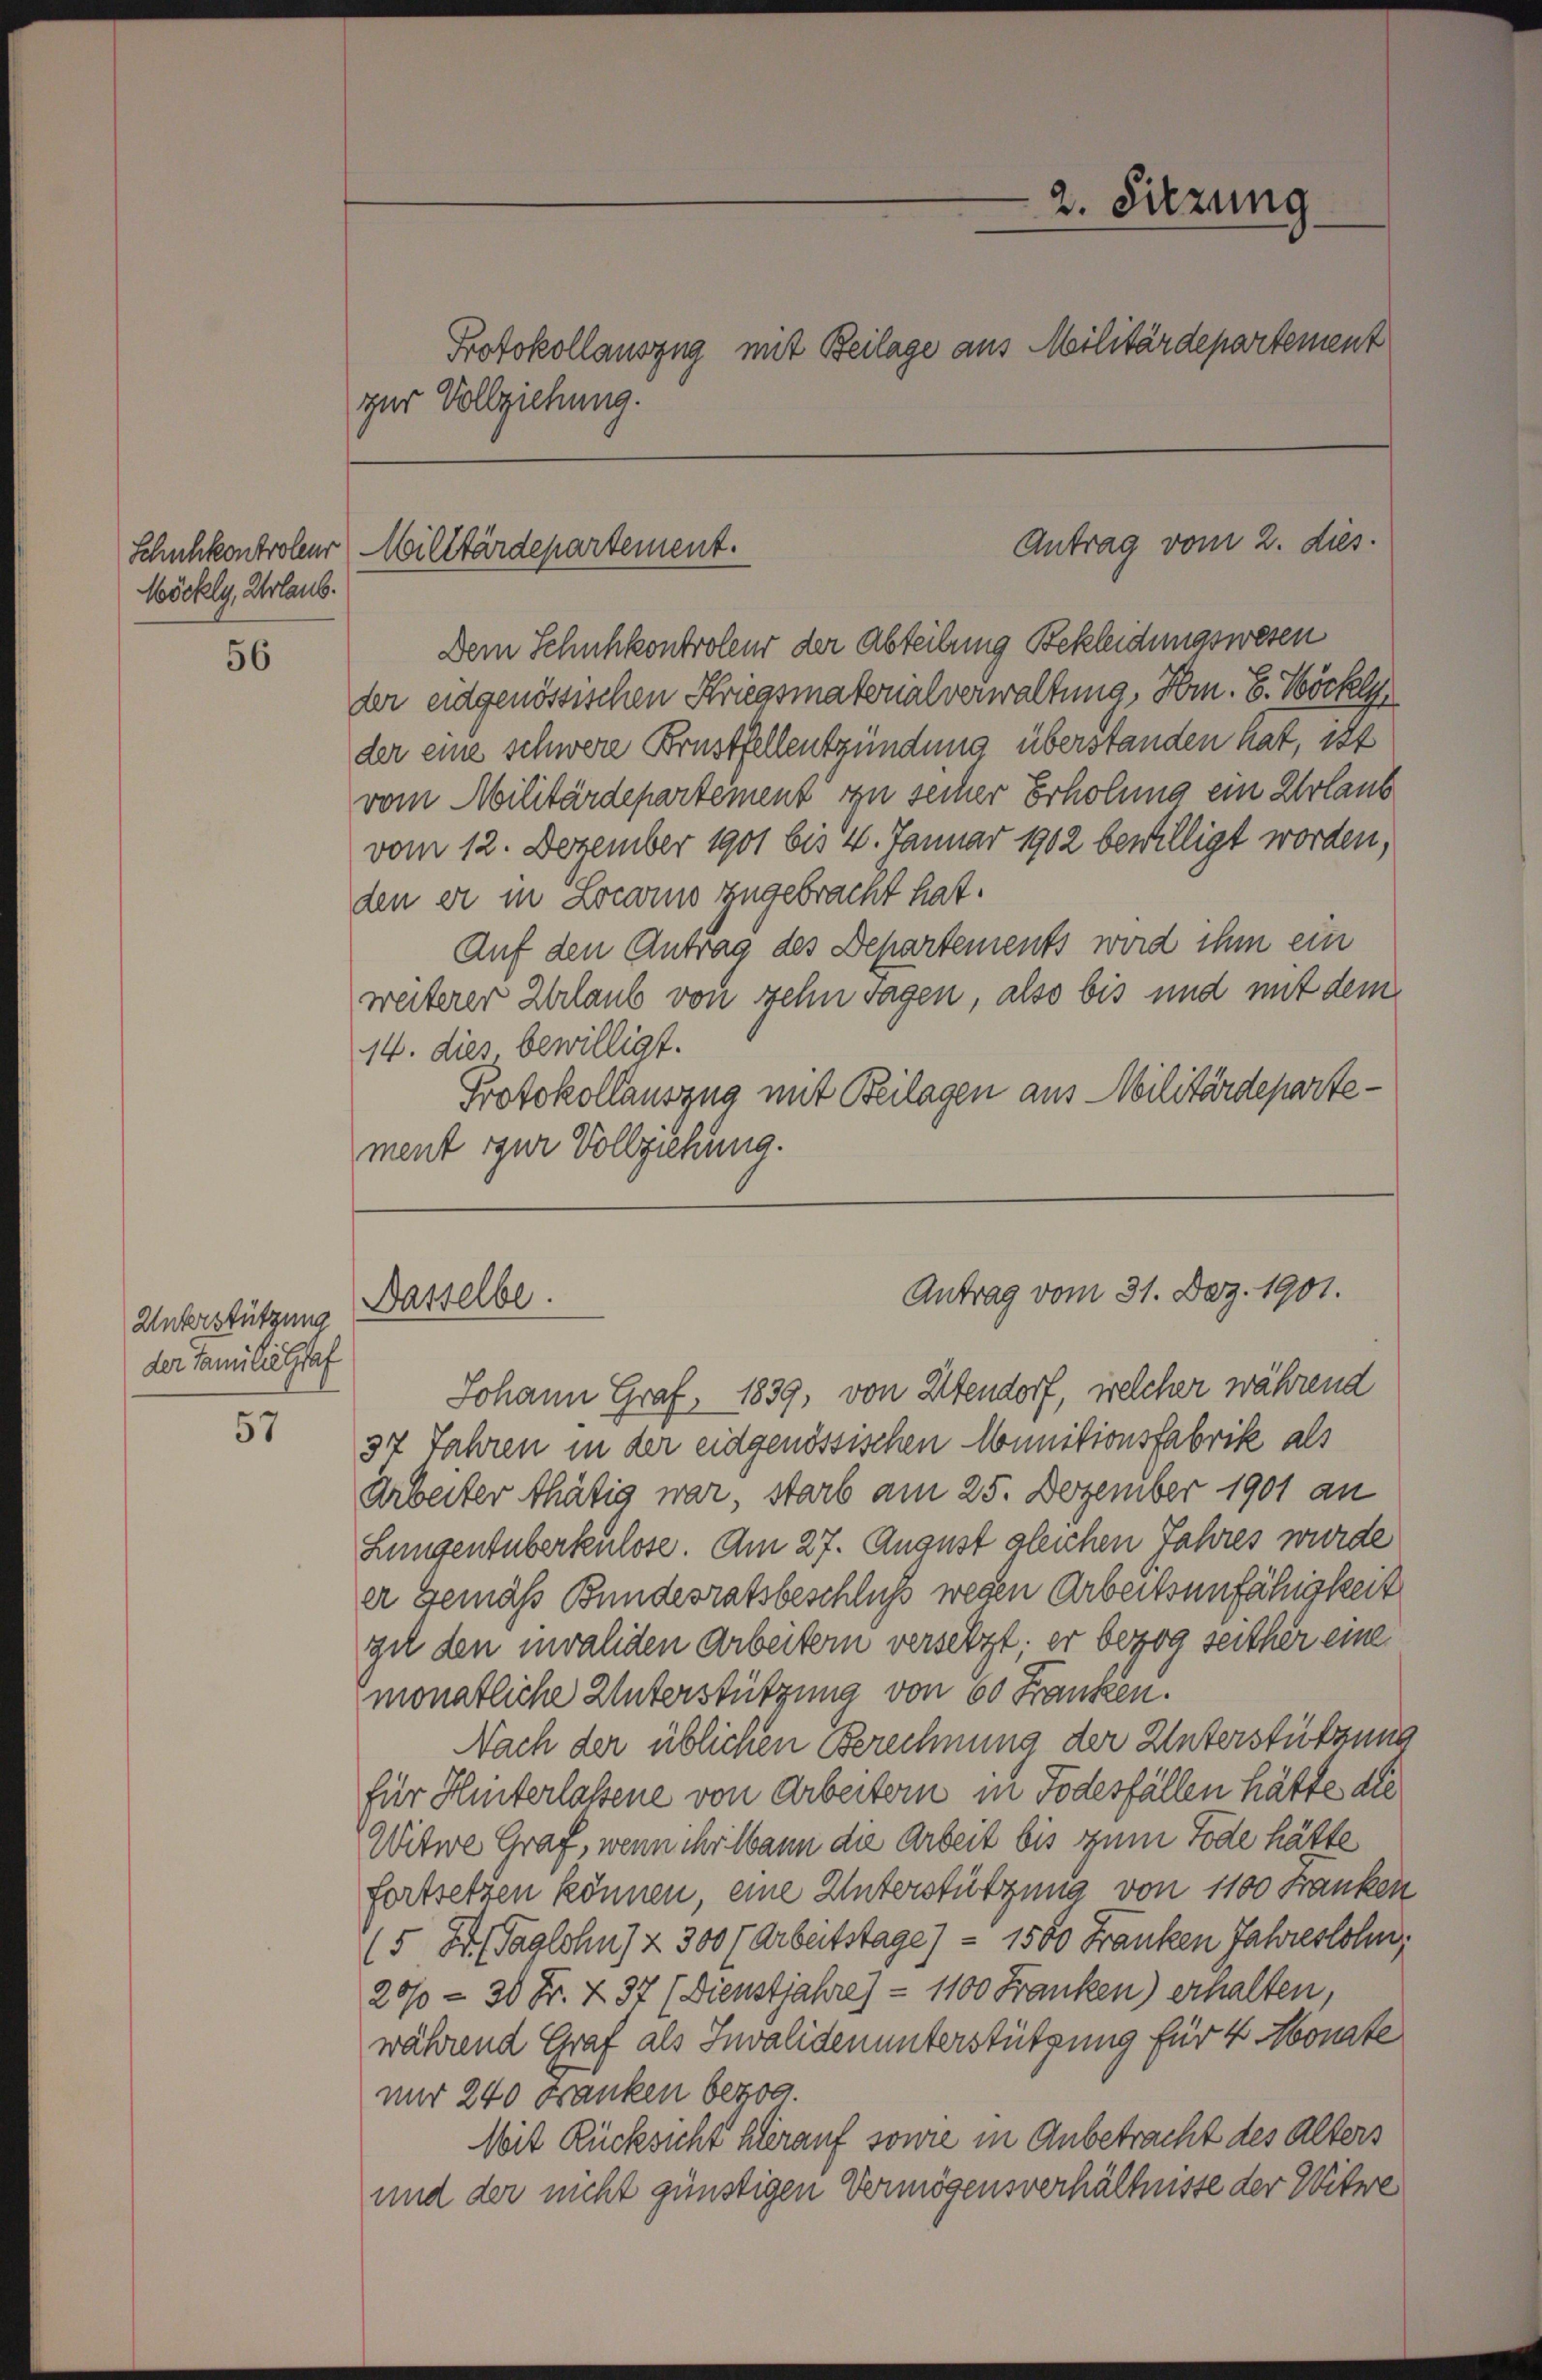
Wöckly, Urlaub.

56

Unterstützung
der Familie Graf

57

zur Vollziehung.

Dem Schuhkontroleur der Abteilung Bekleichmaswesen
der eidgenössischen Kriegsmaterialverwaltung, Hrn. B. Böckel
der eine schwere Brustfellentzündung überstanden hat, ist
vom Militärdepartement zu seiner Erholung ein Urlaub
vom 12. Dezember 1901 bis 4. Januar 1902 bewilligt worden,
den er in Locarno zugebracht hat.
Auf den Antrag des Departements wird ihm ein
weiterer Erlaub von zehn Tagen, also bis und mit dem
14. dies bewilligt.
Protokollauszug mit Beilagen aus Militärdepartement zur Vollziehung.

Schuhkontroleur Militärdepartement.

Dasselbe.

2. Sitzung
Protokollauszug mit Beilage aus Militärdepartement

Antrag vom 2. dies

Antrag vom 31. Dez. 1901.

Johann Graf, 1839, von Abendorf, welcher während
37 Jahren in der eidgenössischen Munitionsfabrik als
Arbeiter thätig war, starb am 25. Dezember 1901 an
Lungenüberkulose. Am 27. August gleichen Jahres wurde
er Gemäß Bundesratsbeschluss wegen Arbeitsunfähigkeit
gil den invaliden Arbeitern versetzt; er bezog seither eine
monatliche Unterstützung von 60 Franken.
Nach der üblichen Berechnung der Unterstützung
für Hinterlassene von Arbeitern in Todesfällen hätte die
Witwe Graf, wenn ihr Wann die Arbeit bis zum Tode hätte
fortsetzen können, eine Unterstützung von 1100 Franken
(5 Dr. Taglohn) & 300 f Arbeitstage) — 1500 Franken Jahreslohn,
20/0 - 30 Fr. & 37 (Dienstjahre) - 1100 Franken) erhalten,
während Graf als Invalidenunterstützung für 4 Monate
nur 240 Franken bezog.
Mit Rücksicht hierauf sowie in Anbetracht des Alters
und der nicht günstigen Vermögensverhältnisse der Witwe